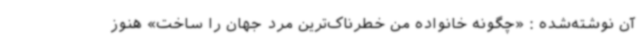
آن نوشته‌شده : «چگونه خانواده من خطرناک‌ترین مرد جهان را ساخت» هنوز